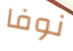
نوفا